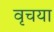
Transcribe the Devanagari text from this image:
वृचया